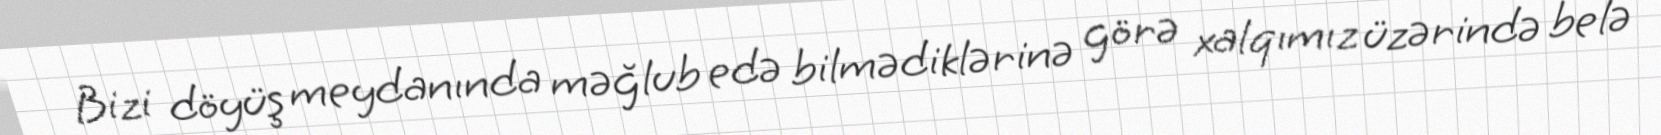
Bizi döyüş meydanında məğlub edə bilmədiklərinə görə xalqımız üzərində belə